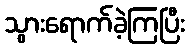
သွားရောက်ခဲ့ကြပြီး